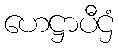
ဟေဋ္ဌာပီဌံ